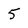
Character: 5